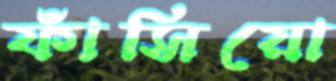
ফাঁসিয়ো